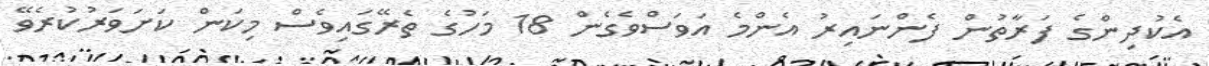
އެކުދިންގެ ފަރާތުން ފެންނައިރު އެންމެ އަވަސްވެގެން 18 މަހުގެ ތެރޭގައިވެސް މިކަން ކަށަވަރުކުރެވޭ